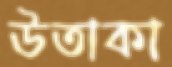
উতাকা